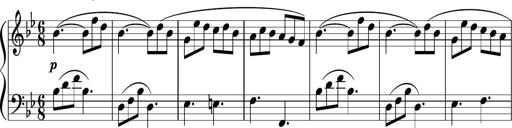
Title: 12 Keyboard Sonatinas
Composer: James Hook